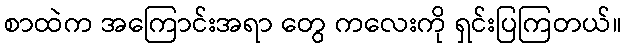
စာထဲက အကြောင်းအရာ တွေ ကလေးကို ရှင်းပြကြတယ်။